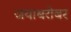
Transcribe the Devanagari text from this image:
जयाबरोबर